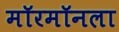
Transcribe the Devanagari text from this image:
मॉरमॉनला